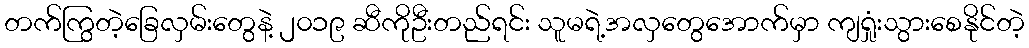
တက်ကြွတဲ့ခြေလှမ်းတွေနဲ့ ၂၀၁၉ ဆီကိုဦးတည်ရင်း သူမရဲ့အလှတွေအောက်မှာ ကျရှုံးသွားစေနိုင်တဲ့